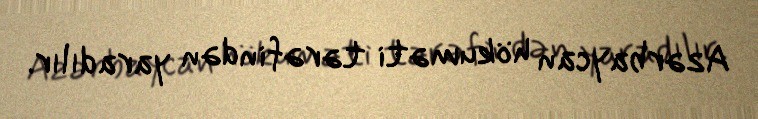
Azərbaycan hökuməti tərəfindən yaradılır.